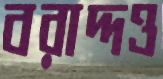
বরাদ্দও